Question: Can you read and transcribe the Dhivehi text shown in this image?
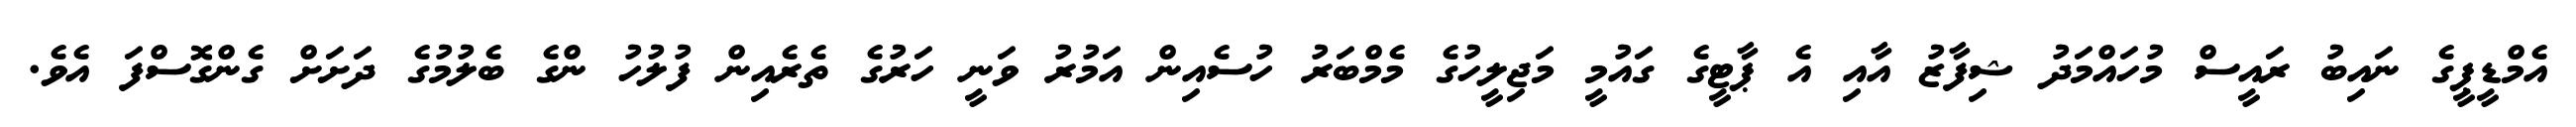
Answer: އެމްޑީޕީގެ ނައިބު ރައީސް މުހައްމަދު ޝިފާޒު އާއި އެ ޕާޓީގެ ގައުމީ މަޖިލީހުގެ މެމްބަރު ހުސެއިން އަމުރު ވަނީ ހަރުގެ ތެރެއިން ފުލުހު ންގެ ބެލުމުގެ ދަށަށް ގެންގޮސްފަ އެވެ.